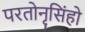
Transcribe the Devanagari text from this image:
परतोनृसिंहो